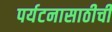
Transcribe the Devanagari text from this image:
पर्यटनासाठीची